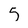
Character: 5